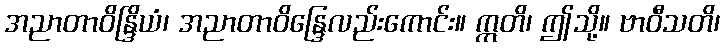
အညာတာဝိန္ဒြိယံ၊ အညာတာဝိန္ဒြေလည်းကောင်း။ ဣတိ၊ ဤသို့။ ဗာဝီသတိ၊